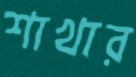
শাখার